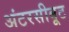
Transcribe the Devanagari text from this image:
अंटरसीबूट